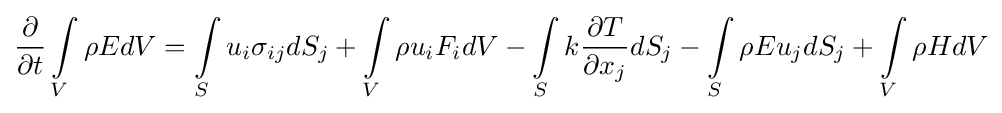
{\frac {\partial }{\partial t}}\int \limits _{V}\rho EdV=\int \limits _{S}u_{i}\sigma _{ij}dS_{j}+\int \limits _{V}\rho u_{i}F_{i}dV-\int \limits _{S}k{\frac {\partial T}{\partial x_{j}}}dS_{j}-\int \limits _{S}\rho Eu_{j}dS_{j}+\int \limits _{V}\rho HdV